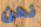
نحن